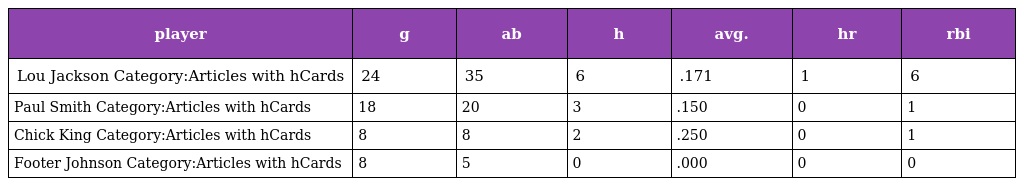
| player | g | ab | h | avg. | hr | rbi |
 | --- | --- | --- | --- | --- | --- | --- |
 | Lou Jackson Category:Articles with hCards | 24 | 35 | 6 | .171 | 1 | 6 |
 | Paul Smith Category:Articles with hCards | 18 | 20 | 3 | .150 | 0 | 1 |
 | Chick King Category:Articles with hCards | 8 | 8 | 2 | .250 | 0 | 1 |
 | Footer Johnson Category:Articles with hCards | 8 | 5 | 0 | .000 | 0 | 0 |